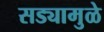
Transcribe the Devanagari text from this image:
सड्यामुळे